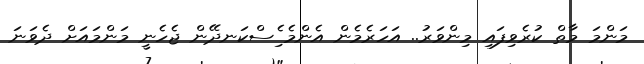
މަންމަ މާތް ކުރެވިފައި މިންވަރު.. އަހަރެމެން އެންމެ ެިސްކަނދޭން ޖެހެނީ މަންމައަށް ދެވަނަ